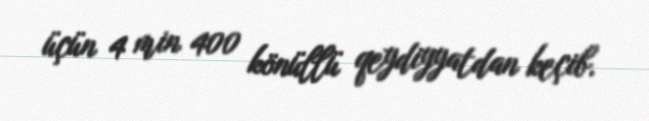
üçün 4 min 400 könüllü qeydiyyatdan keçib.